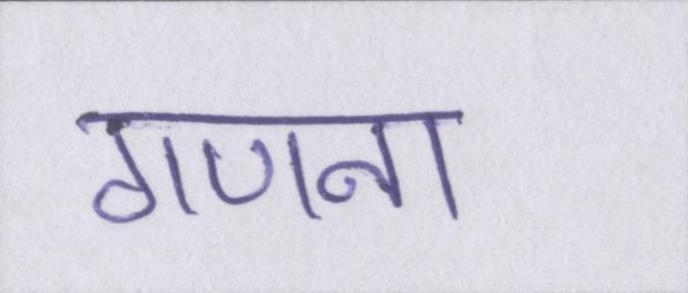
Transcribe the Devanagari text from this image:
गणना